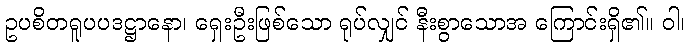
ဥပစိတရူပပဒဋ္ဌာနော၊ ရှေးဦးဖြစ်သော ရုပ်လျှင် နီးစွာသောအ ကြောင်းရှိ၏။ ဝါ၊